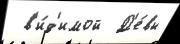
 в'и́д'имой  Д'е́вы